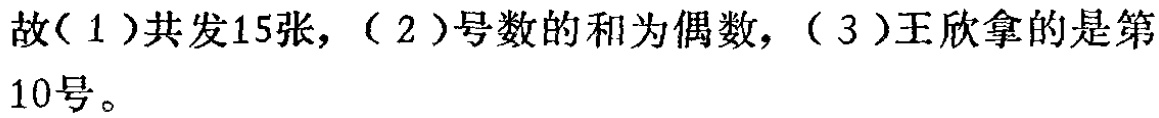
故（1）共发15张，（2）号数的和为偶数，（3）王欣拿的是第10号。